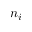
n _ { i }